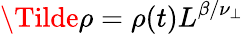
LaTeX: \Tilde{\rho}=\rho(t)L^{\beta/\nu_{\perp}}